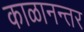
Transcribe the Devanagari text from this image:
काळानन्तर